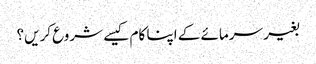
بغیر سرمائے کے اپنا کام کیسے شروع کریں؟